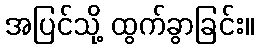
အပြင်သို့ ထွက်ခွာခြင်း။